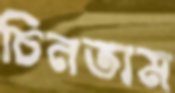
চিনতাম